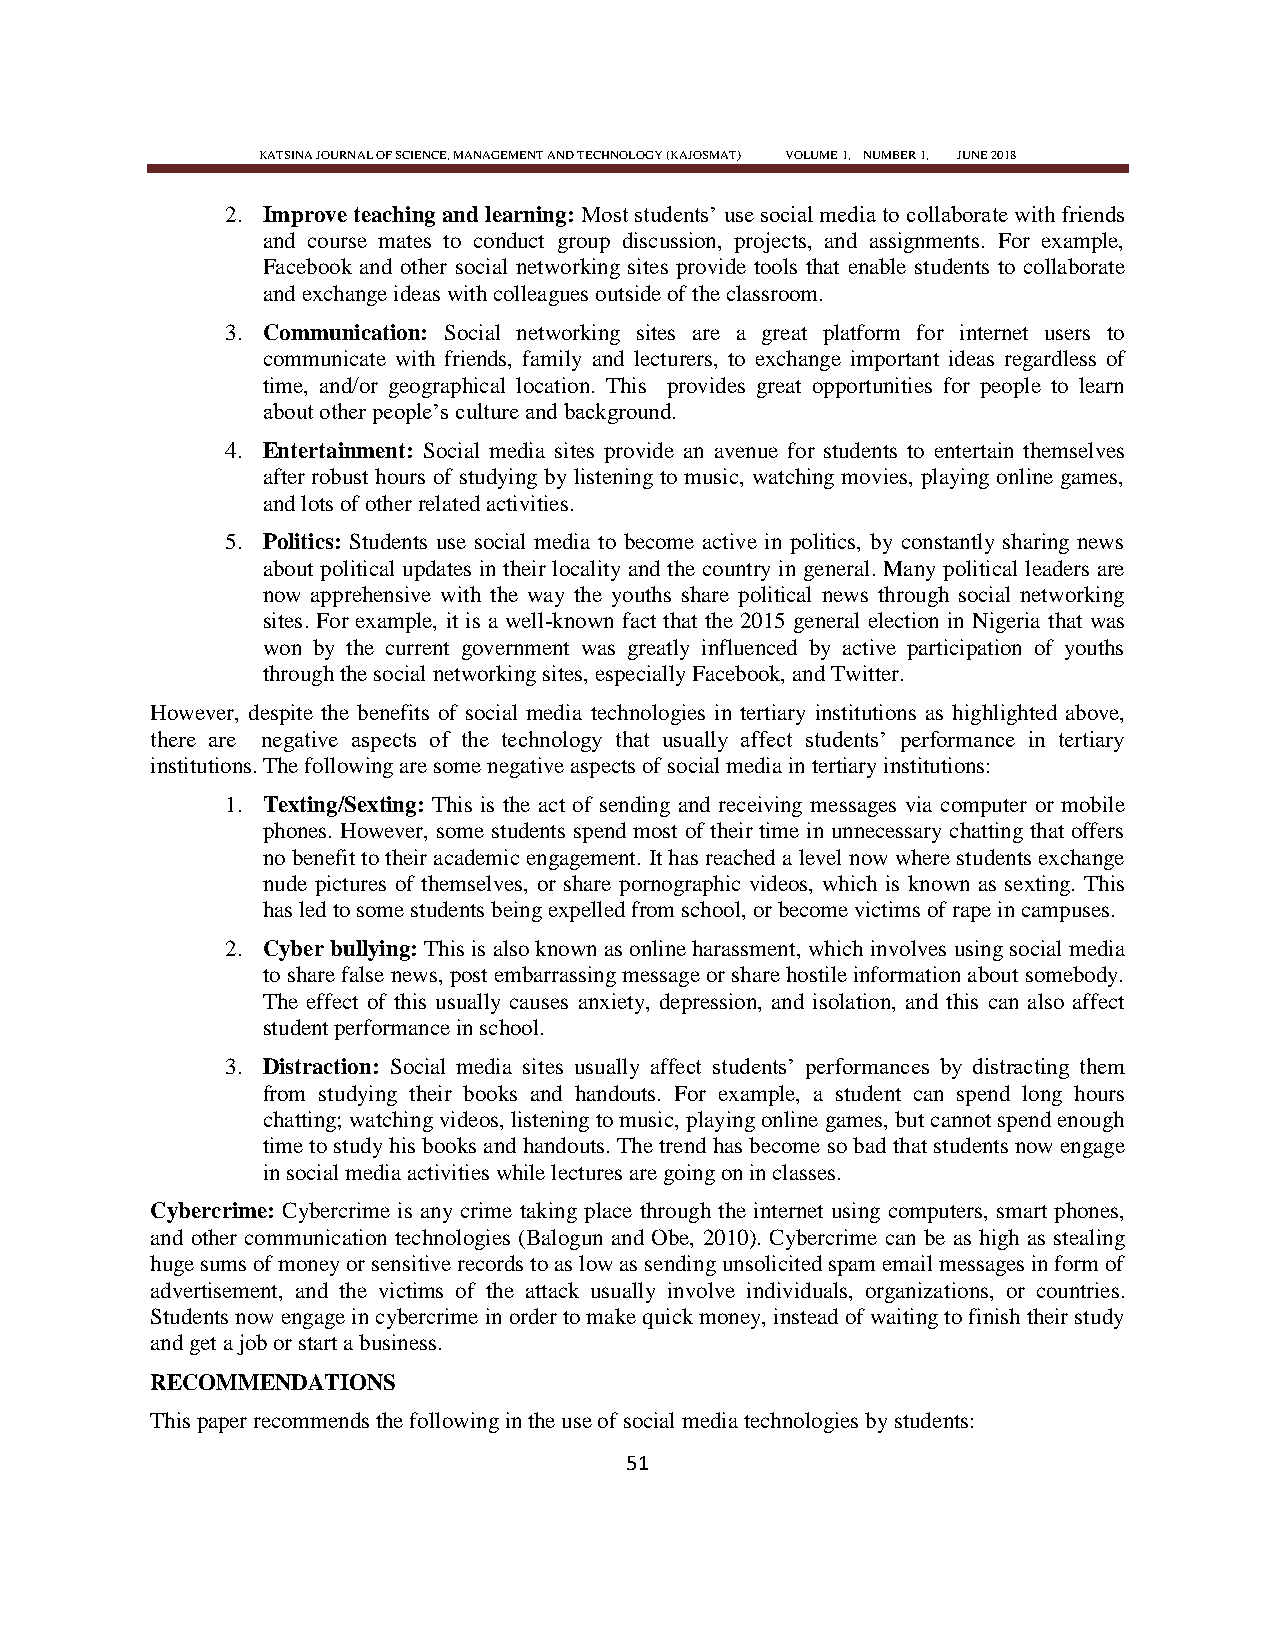
KATSINA JOURNAL OF SCIENCE, MANAGEMENT AND TECHNOLOGY (KAJOSMAT) VOLUME 1, NUMBER 1, JUNE 2018
 2. Improve teaching and learning: Most students‘ use social media to collaborate with friends
 and course mates to conduct group discussion, projects, and assignments. For example,
 Facebook and other social networking sites provide tools that enable students to collaborate
 and exchange ideas with colleagues outside of the classroom.
 3. Communication: Social networking sites are a great platform for internet users to
 communicate with friends, family and lecturers, to exchange important ideas regardless of
 time, and/or geographical location. This provides great opportunities for people to learn
 about other people‘s culture and background.
 4. Entertainment: Social media sites provide an avenue for students to entertain themselves
 after robust hours of studying by listening to music, watching movies, playing online games,
 and lots of other related activities.
 5. Politics: Students use social media to become active in politics, by constantly sharing news
 about political updates in their locality and the country in general. Many political leaders are
 now apprehensive with the way the youths share political news through social networking
 sites. For example, it is a well-known fact that the 2015 general election in Nigeria that was
 won by the current government was greatly influenced by active participation of youths
 through the social networking sites, especially Facebook, and Twitter.
 However, despite the benefits of social media technologies in tertiary institutions as highlighted above,
 there are negative aspects of the technology that usually affect students‘ performance in tertiary
 institutions. The following are some negative aspects of social media in tertiary institutions:
 1. Texting/Sexting: This is the act of sending and receiving messages via computer or mobile
 phones. However, some students spend most of their time in unnecessary chatting that offers
 no benefit to their academic engagement. It has reached a level now where students exchange
 nude pictures of themselves, or share pornographic videos, which is known as sexting. This
 has led to some students being expelled from school, or become victims of rape in campuses.
 2. Cyber bullying: This is also known as online harassment, which involves using social media
 to share false news, post embarrassing message or share hostile information about somebody.
 The effect of this usually causes anxiety, depression, and isolation, and this can also affect
 student performance in school.
 3. Distraction: Social media sites usually affect students‘ performances by distracting them
 from studying their books and handouts. For example, a student can spend long hours
 chatting; watching videos, listening to music, playing online games, but cannot spend enough
 time to study his books and handouts. The trend has become so bad that students now engage
 in social media activities while lectures are going on in classes.
 Cybercrime: Cybercrime is any crime taking place through the internet using computers, smart phones,
 and other communication technologies (Balogun and Obe, 2010). Cybercrime can be as high as stealing
 huge sums of money or sensitive records to as low as sending unsolicited spam email messages in form of
 advertisement, and the victims of the attack usually involve individuals, organizations, or countries.
 Students now engage in cybercrime in order to make quick money, instead of waiting to finish their study
 and get a job or start a business.
 RECOMMENDATIONS
 This paper recommends the following in the use of social media technologies by students:
 51